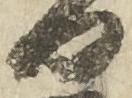
日